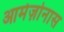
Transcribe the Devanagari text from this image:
आमेज़ोनास